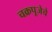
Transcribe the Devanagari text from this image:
चक्रपूजेचे